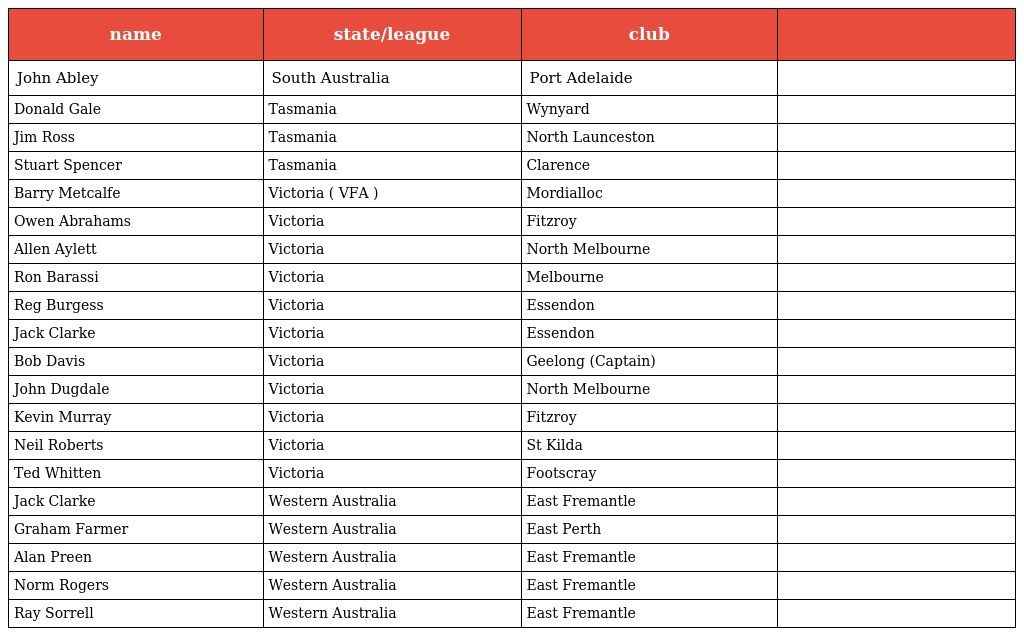
| name | state/league | club |  |
 | --- | --- | --- | --- |
 | John Abley | South Australia | Port Adelaide |  |
 | Donald Gale | Tasmania | Wynyard |  |
 | Jim Ross | Tasmania | North Launceston |  |
 | Stuart Spencer | Tasmania | Clarence |  |
 | Barry Metcalfe | Victoria ( VFA ) | Mordialloc |  |
 | Owen Abrahams | Victoria | Fitzroy |  |
 | Allen Aylett | Victoria | North Melbourne |  |
 | Ron Barassi | Victoria | Melbourne |  |
 | Reg Burgess | Victoria | Essendon |  |
 | Jack Clarke | Victoria | Essendon |  |
 | Bob Davis | Victoria | Geelong (Captain) |  |
 | John Dugdale | Victoria | North Melbourne |  |
 | Kevin Murray | Victoria | Fitzroy |  |
 | Neil Roberts | Victoria | St Kilda |  |
 | Ted Whitten | Victoria | Footscray |  |
 | Jack Clarke | Western Australia | East Fremantle |  |
 | Graham Farmer | Western Australia | East Perth |  |
 | Alan Preen | Western Australia | East Fremantle |  |
 | Norm Rogers | Western Australia | East Fremantle |  |
 | Ray Sorrell | Western Australia | East Fremantle |  |